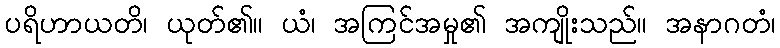
ပရိဟာယတိ၊ ယုတ်၏။ ယံ၊ အကြင်အမှု၏ အကျိုးသည်။ အနာဂတံ၊